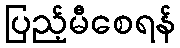
ပြည့်မီစေရန်